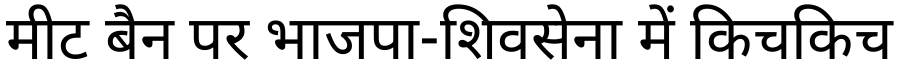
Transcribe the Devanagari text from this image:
मीट बैन पर भाजपा-शिवसेना में किचकिच